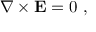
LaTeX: \nabla \times \mathbf { E } = { \boldsymbol { 0 } } \ ,